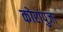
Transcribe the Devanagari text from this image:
कोरांपुजा